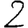
Digit: 2